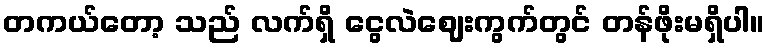
တကယ်တော့ သည် လက်ရှိ ငွေလဲဈေးကွက်တွင် တန်ဖိုးမရှိပါ။